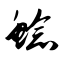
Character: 鲶